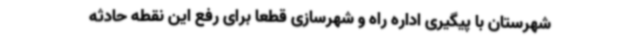
شهرستان با پیگیری اداره راه و شهرسازی قطعا برای رفع این نقطه حادثه